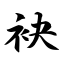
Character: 袂